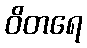
ဝိတရေ